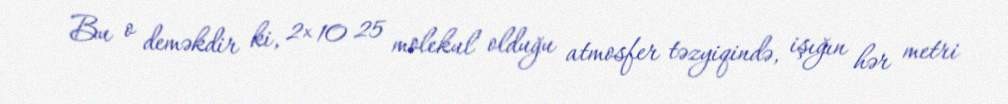
Bu o deməkdir ki, 2× 10 25 molekul olduğu atmosfer təzyiqində, işığın hər metri